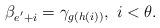
LaTeX: \begin{align*}\beta_{e^{'}+i}=\gamma_{g(h(i))},\,\, i<\theta.\end{align*}